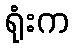
ရုံးက